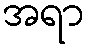
အရာ